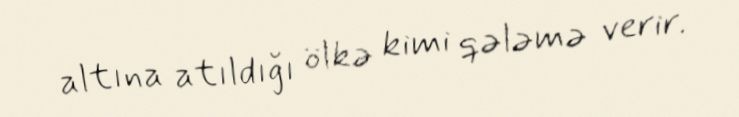
altına atıldığı ölkə kimi qələmə verir.